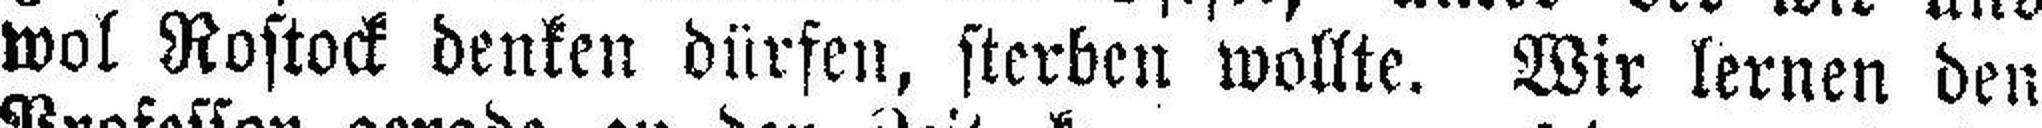
wol Rostock denken dürfen, sterben wollte. Wir lernen den